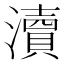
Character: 瀆